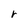
Character: r